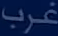
غرب